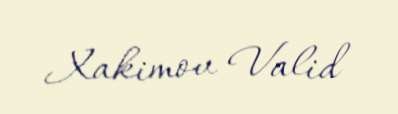
Xakimov Valid